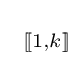
\scriptstyle \ [\![1,k]\!]